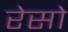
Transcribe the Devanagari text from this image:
रेसो